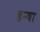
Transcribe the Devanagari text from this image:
इन्वा